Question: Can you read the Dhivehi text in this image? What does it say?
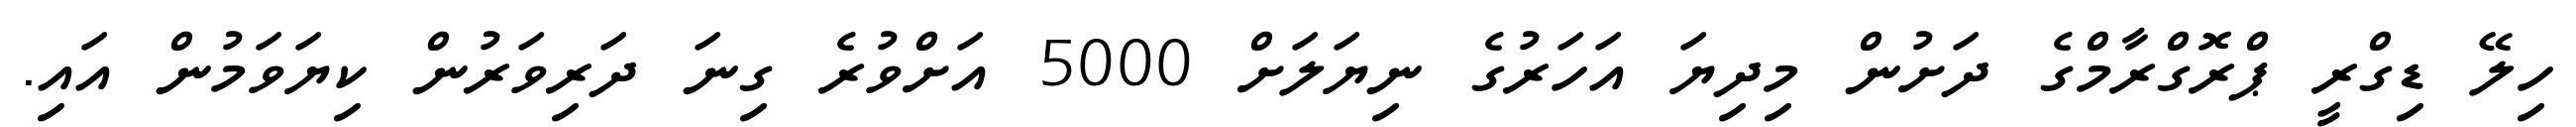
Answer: ހިލޭ ޑިގްރީ ޕްރޮގްރާމްގެ ދަށުން މިދިޔަ އަހަރުގެ ނިޔަލަށް 5000 އަށްވުރެ ގިނަ ދަރިވަރުން ކިޔަވަމުން އައި.